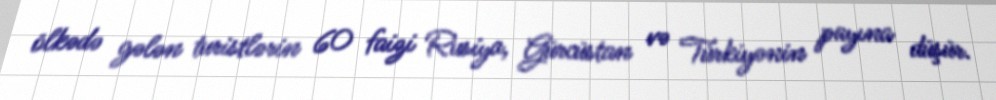
ölkədə gələn turistlərin 60 faizi Rusiya, Gürcüstan və Türkiyənin payına düşür.